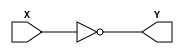
`timescale 1ns / 1ps
//////////////////////////////////////////////////////////////////////////////////
// Company: 
// Engineer: 
// 
// Design Name: 
// Module Name:    inverter 
// Project Name: 
// Target Devices: 
// Tool versions: 
// Description: 
//
// Dependencies: 
//
// Revision: 
// Revision 0.01 - File Created
// Additional Comments: 
//
//////////////////////////////////////////////////////////////////////////////////
module inverter(
    output Y,
    input X
    );
	
	assign Y = !X;

endmodule